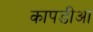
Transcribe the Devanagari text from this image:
कापडीआ